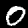
Digit: 0